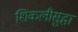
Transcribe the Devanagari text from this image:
शिकलीसुद्धा